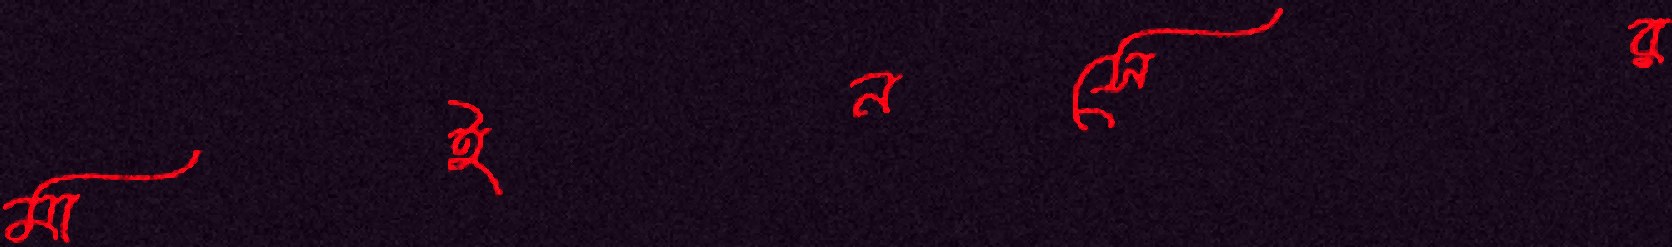
মাইনসের